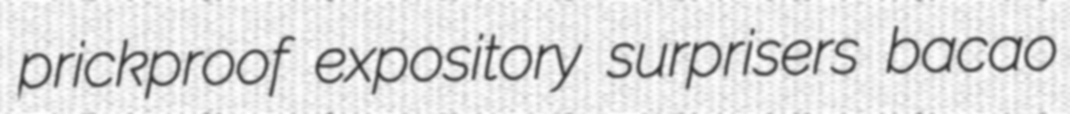
prickproof expository surprisers bacao